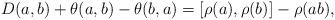
LaTeX: \begin{align*}D(a, b)+\theta(a, b)-\theta(b, a)=[\rho(a), \rho(b)]-\rho(ab),\end{align*}